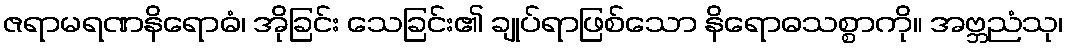
ဇရာမရဏနိရောဓံ၊ အိုခြင်း သေခြင်း၏ ချုပ်ရာဖြစ်သော နိရောဓသစ္စာကို။ အဗ္ဘညံသု၊